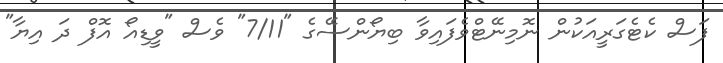
ފަސް ކެޓެގަރީއަކުން ނޮމިނޭޓްވެފައިވާ ބިޔޯންސޭގެ "7/11" ވެސް "ވީޑިއޯ އޮފް ދަ އިޔާ"